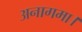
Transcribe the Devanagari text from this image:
अनागमा।